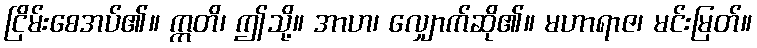
ငြိမ်းစေအပ်၏။ ဣတိ၊ ဤသို့။ အာဟ၊ လျှောက်ဆို၏။ မဟာရာဇ၊ မင်းမြတ်။